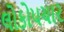
લોકોપચાર